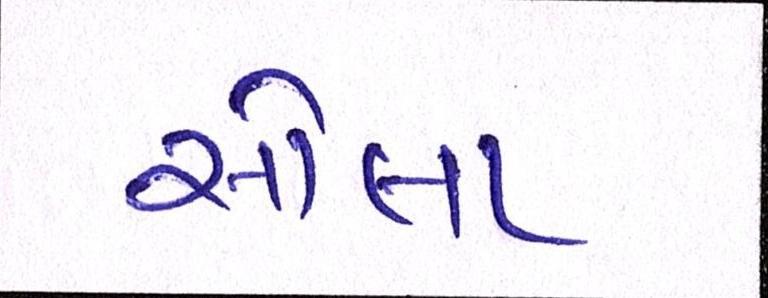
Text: સોલા